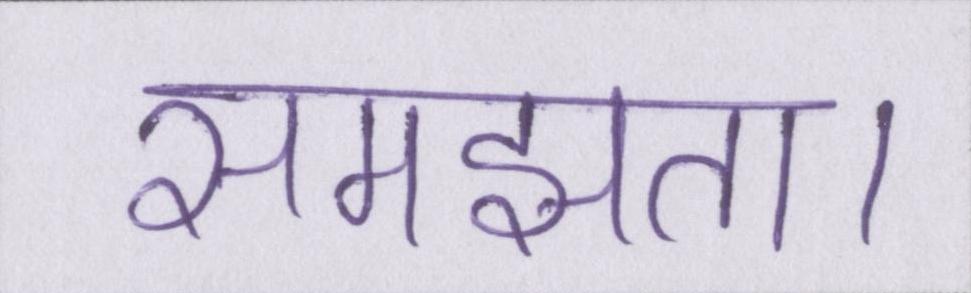
समझता।